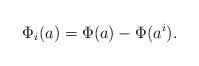
LaTeX: \begin{align*} \Phi_i(a) = \Phi(a) - \Phi(a^i).\end{align*}